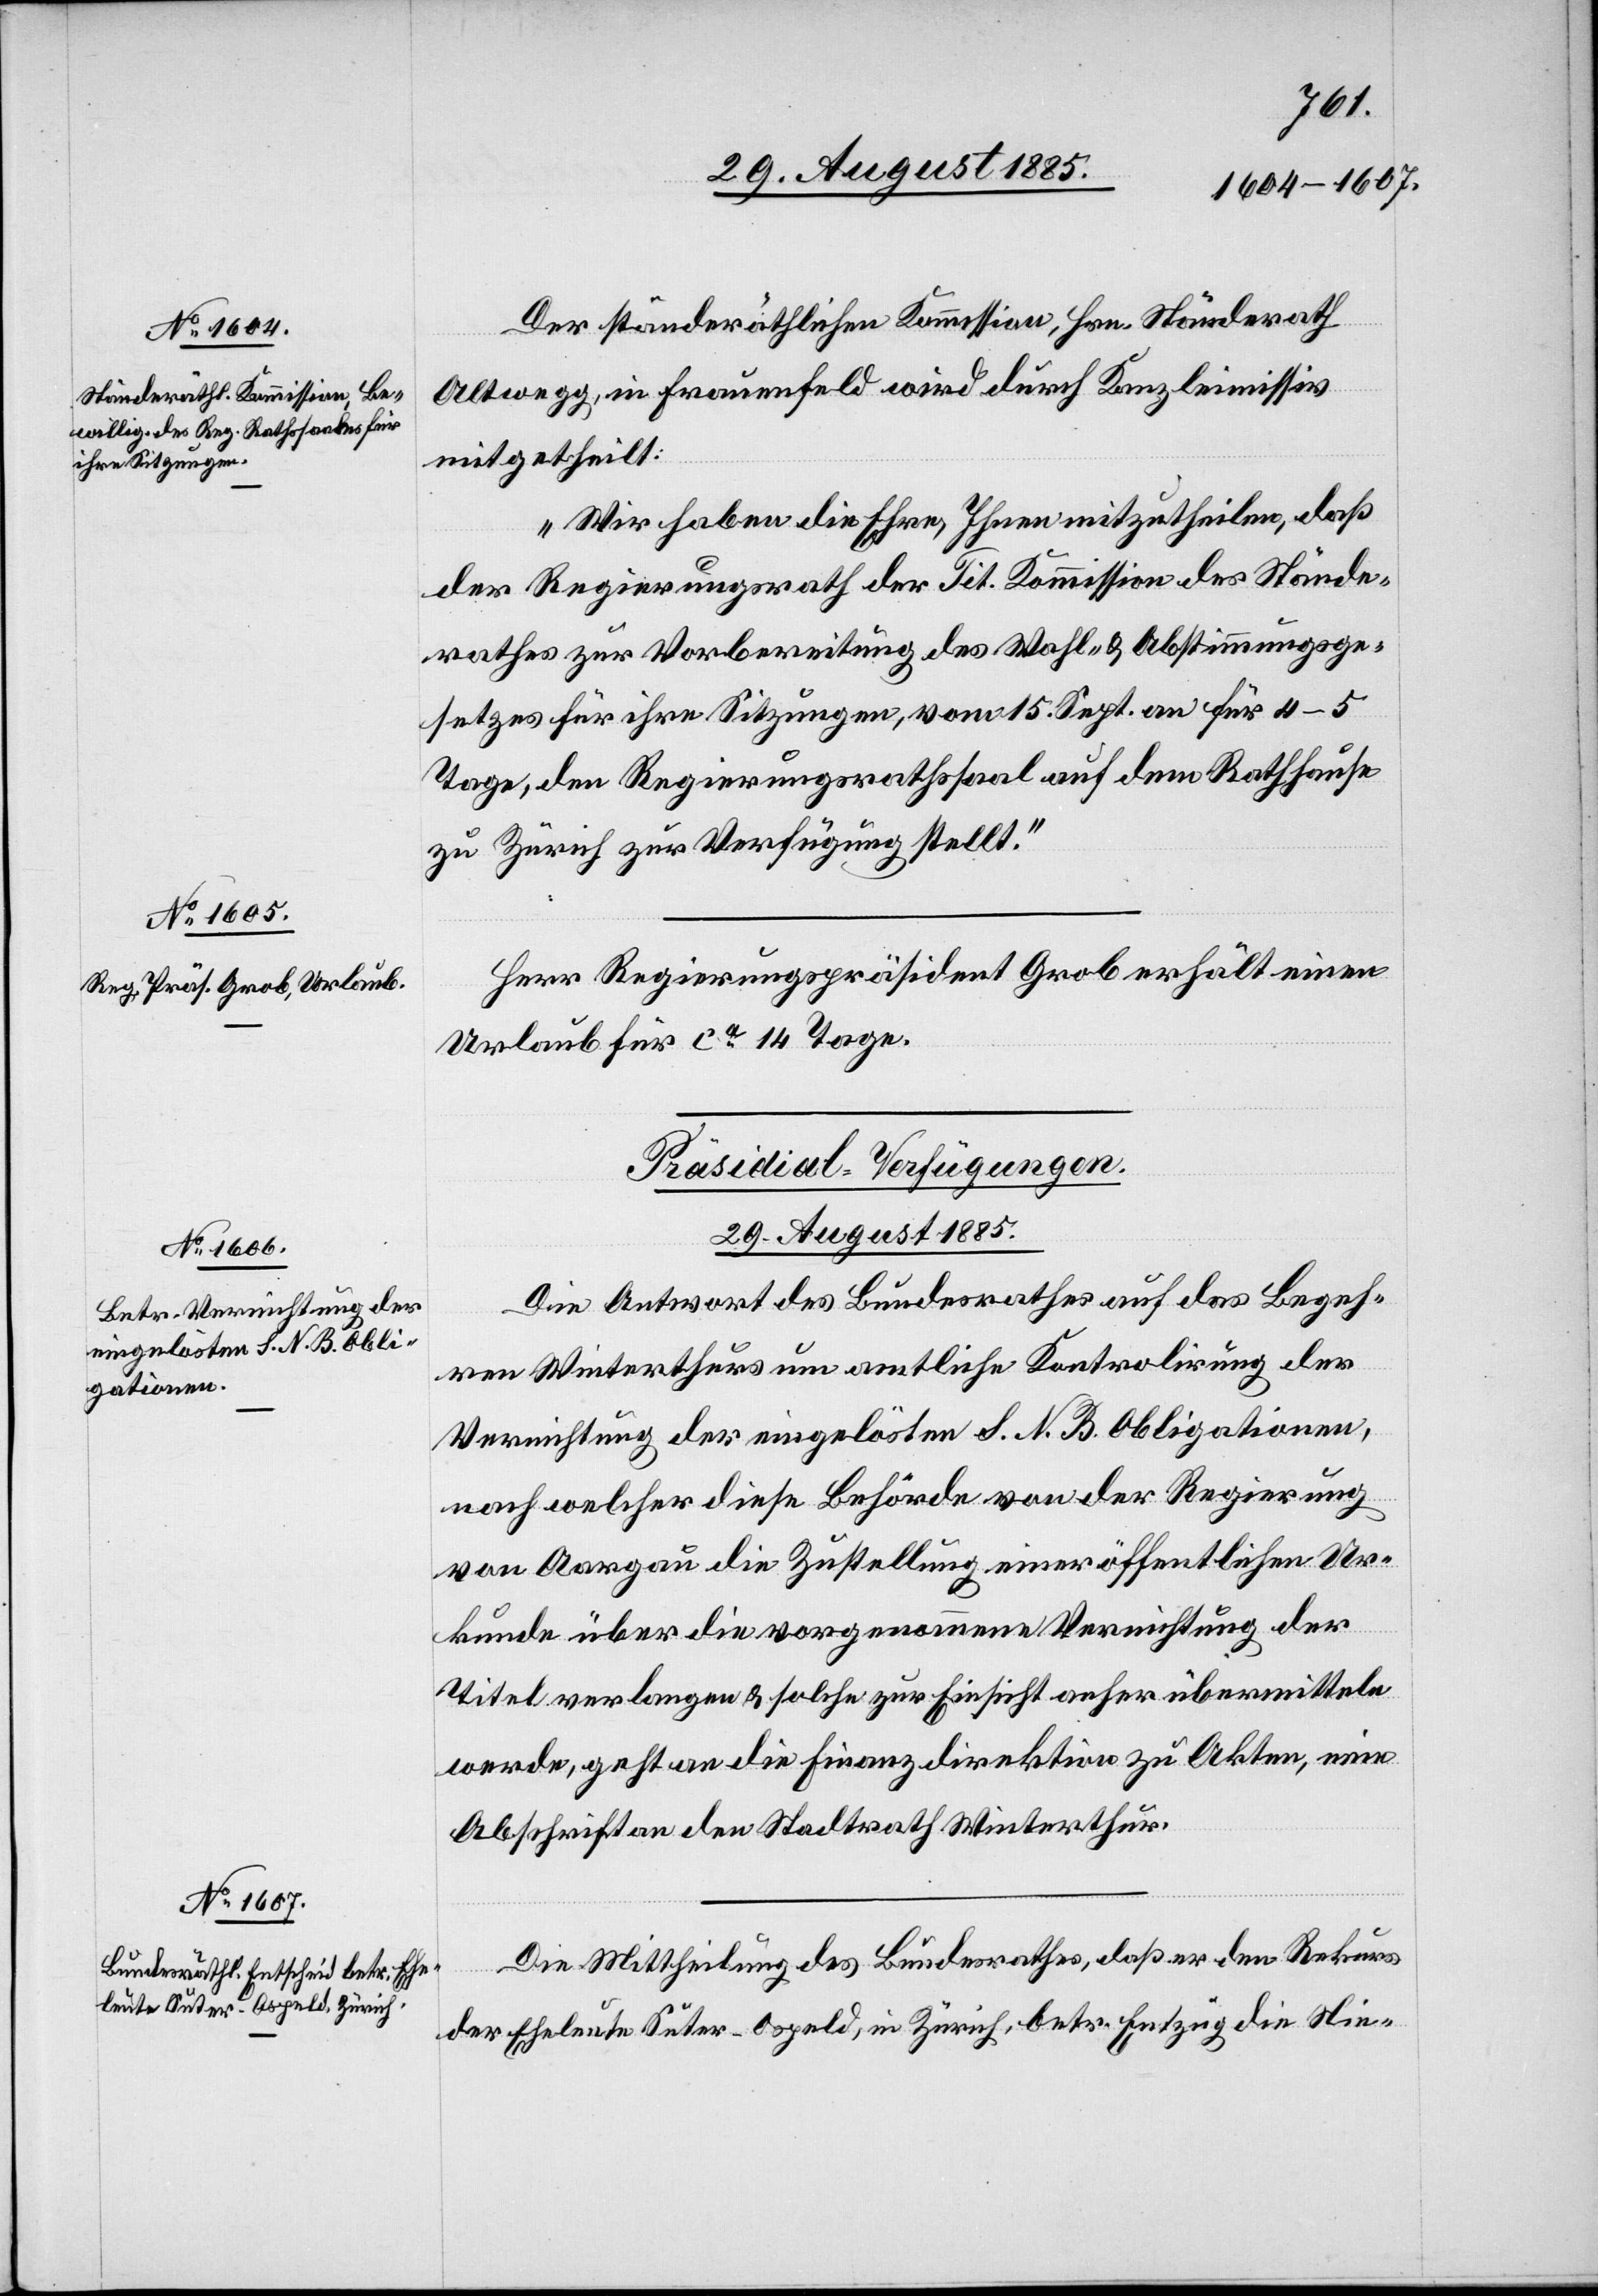
Der ständeräthlichen Kommission, Hrn. Ständerath
Altwegg, in Frauenfeld wird durch Kanzleimissiv
mitgetheilt:
„Wir haben die Ehre, Ihnen mitzutheilen, daß
der Regierungsrath der Tit. Kommission des Stände¬
rathes zur Vorbereitung des Wahl- & Abstimmungsge¬
setzes für ihre Sitzungen, vom 15. Sept. an für 4–5
Tage, den Regierungsrathssaal auf dem Rathhause
zu Zürich zur Verfügung stellt.
Herr Regierungspräsident Grob erhält einen
Urlaub für ca 14 Tage.
[Präsidial-Verfügungen.
29. August 1885.]
Die Antwort des Bundesrathes auf das Begeh¬
ren Winterthurs um amtliche Kontrolirung der
Vernichtung der eingelösten S. N. B. Obligationen,
nach welcher diese Behörde von der Regierung
von Aargau die Zustellung einer öffentlichen Ur¬
kunde über die vorgenommene Vernichtung der
Titel verlangen & solche zur Einsicht anher übermitteln
werde, geht an die Finanzdirektion zu Akten, eine
Abschrift an den Stadtrath Winterthur.
Die Mittheilung des Bundesrathes, daß er den Rekurs
der Eheleute Suter-Ospeld, in Zürich, betr. Entzug die [sic!]